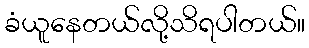
ခံယူနေတယ်လို့သိရပါတယ်။